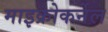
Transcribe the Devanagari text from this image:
माइक्रोकर्नेल